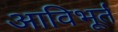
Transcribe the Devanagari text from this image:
आविभूर्त